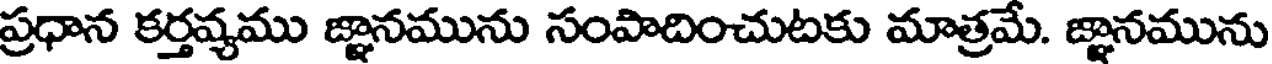
ప్రధాన కర్తవ్యము జ్ఞానమును సంపాదించుటకు మాత్రమే. జ్ఞానమును